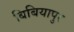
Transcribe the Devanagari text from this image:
बिबियापुर